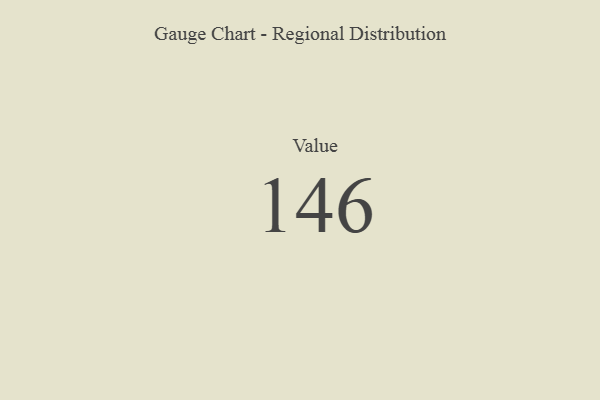
{"axis": {"x": "Metric", "y": "Value"}, "legend": [""], "data": [{"x": "Value", "y": 146, "type": ""}]}